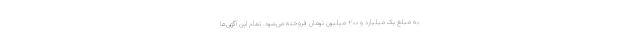
به مبلغ یک میلیارد و ۲۰۰ میلیون تومان فروخته می‌شود. تمام این آگهی‌ها